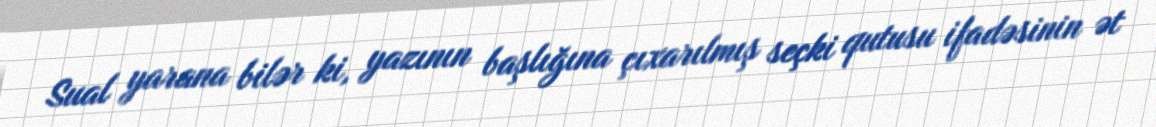
Sual yarana bilər ki, yazının başlığına çıxarılmış seçki qutusu ifadəsinin ət